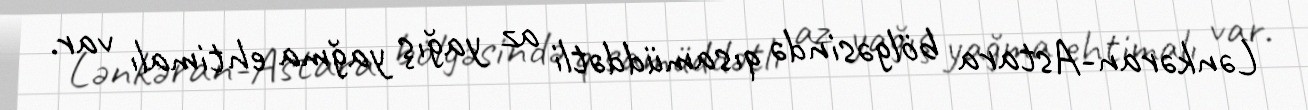
Lənkəran-Astara bölgəsində qısamüddətli az yağış yağma ehtimalı var.